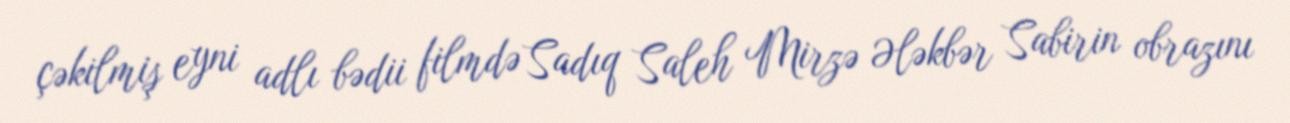
çəkilmiş eyni adlı bədii filmdə Sadıq Saleh Mirzə Ələkbər Sabirin obrazını